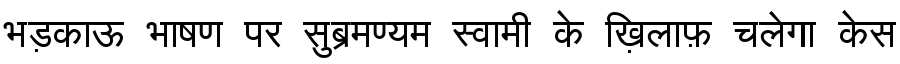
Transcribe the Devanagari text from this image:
भड़काऊ भाषण पर सुब्रमण्यम स्वामी के ख़िलाफ़ चलेगा केस